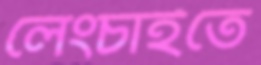
লেংচাইতে